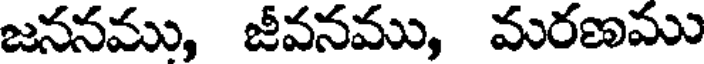
జననము, జీవనము, మరణము